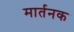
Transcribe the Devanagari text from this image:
मार्तनक